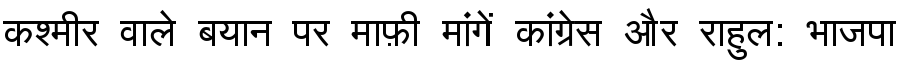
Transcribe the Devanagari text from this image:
कश्मीर वाले बयान पर माफ़ी मांगें कांग्रेस और राहुल: भाजपा